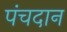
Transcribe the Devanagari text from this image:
पंचदान